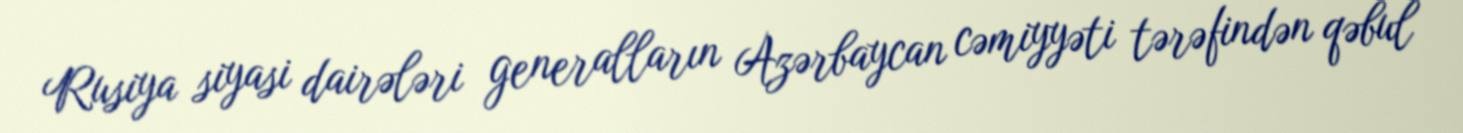
Rusiya siyasi dairələri generalların Azərbaycan cəmiyyəti tərəfindən qəbul